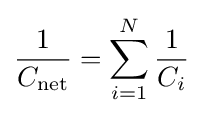
{1 \over C_{\mathrm {net} }}=\sum _{i=1}^{N}{1 \over C_{i}}\,\!